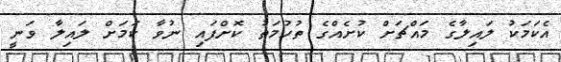
އެކަމަކު ލައިލާގެ މައްޗަށް ކުށެއްގެ ތުހުމަތު ކޮށްފައި ނުވާ ކަމަށް ލައިލާ ވަނީ